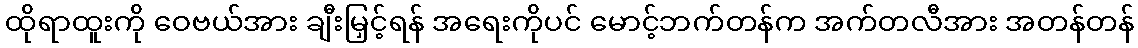
ထိုရာထူးကို ဝေဗယ်အား ချီးမြှင့်ရန် အရေးကိုပင် မောင့်ဘက်တန်က အက်တလီအား အတန်တန်